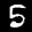
Label: 5